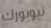
نيويورك